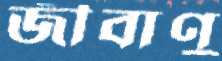
জীবাণু